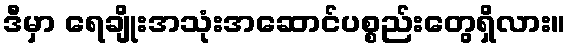
ဒီမှာ ရေချိုးအသုံးအဆောင်ပစ္စည်းတွေရှိလား။